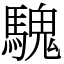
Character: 騩